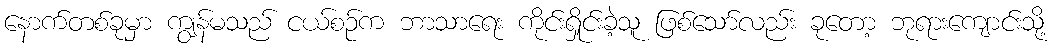
နောက်တစ်ခုမှာ ကျွန်မသည် ငယ်စဉ်က ဘာသာရေး ကိုင်းရှိုင်းခဲ့သူ ဖြစ်သော်လည်း ခုတော့ ဘုရားကျောင်းသို့